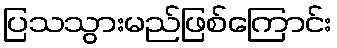
ပြသသွားမည်ဖြစ်ကြောင်း